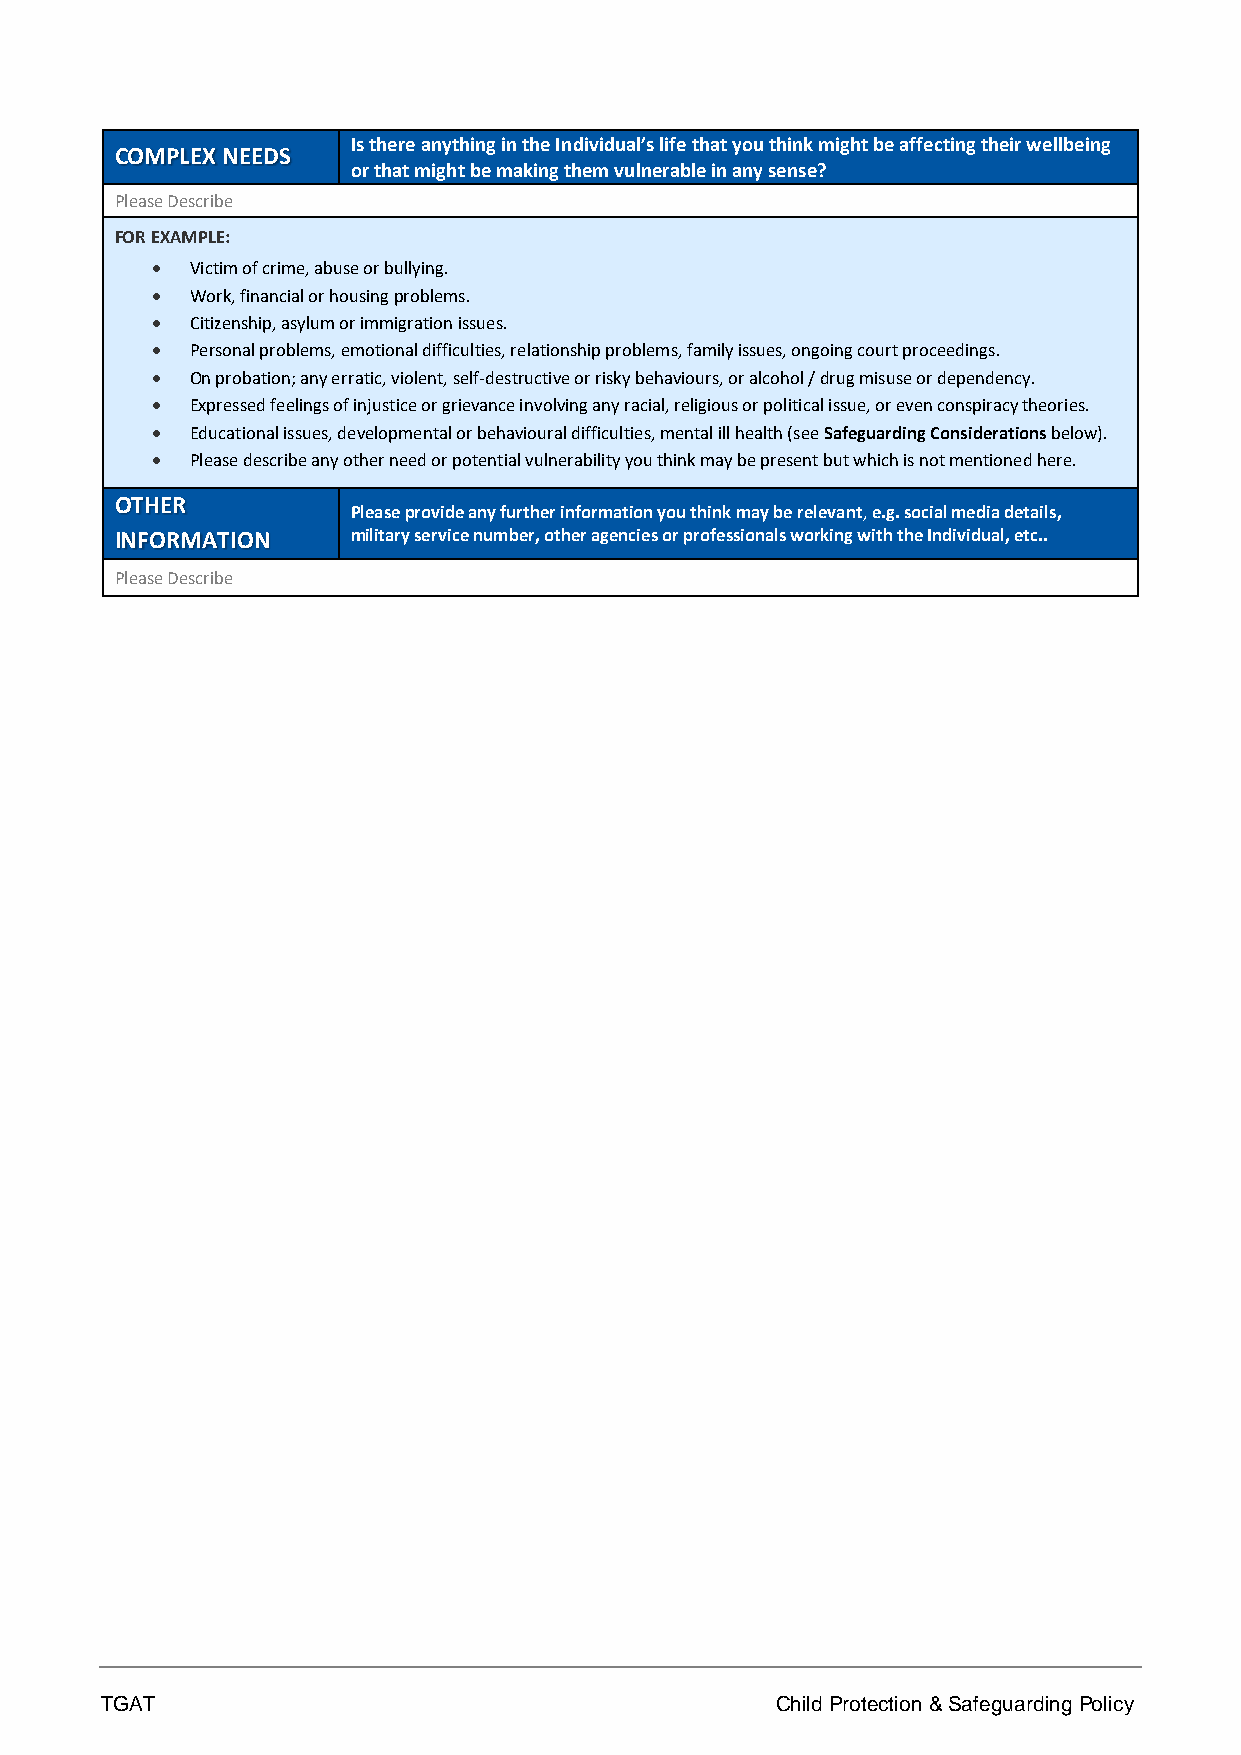
Is there anything in the Individual’s life that you think might be affecting their wellbeing
 COMPLEX NEEDS
 or that might be making them vulnerable in any sense?
 Please Describe
 FOR EXAMPLE:
 •  Victim of crime, abuse or bullying.
 •  Work, financial or housing problems.
 •  Citizenship, asylum or immigration issues.
 •  Personal problems, emotional difficulties, relationship problems, family issues, ongoing court proceedings.
 •  On probation; any erratic, violent, self-destructive or risky behaviours, or alcohol / drug misuse or dependency.
 •  Expressed feelings of injustice or grievance involving any racial, religious or political issue, or even conspiracy theories.
 •  Educational issues, developmental or behavioural difficulties, mental ill health (see Safeguarding Considerations below).
 •  Please describe any other need or potential vulnerability you think may be present but which is not mentioned here.
 OTHER
 Please provide any further information you think may be relevant, e.g. social media details,
 INFORMATION    military service number, other agencies or professionals working with the Individual, etc..
 Please Describe
 TGAT                                        Child Protection & Safeguarding Policy